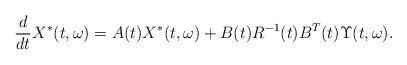
LaTeX: \begin{align*}\frac{d}{dt}X^*(t,\omega)=A(t)X^*(t,\omega)+B(t)R^{-1}(t)B^T(t)\Upsilon(t,\omega).\end{align*}